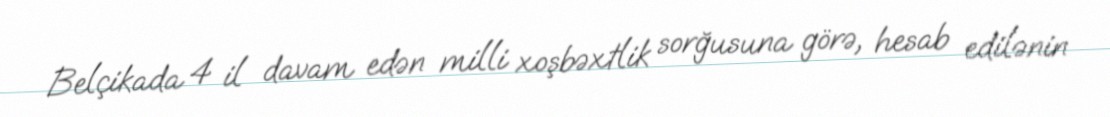
Belçikada 4 il davam edən milli xoşbəxtlik sorğusuna görə, hesab edilənin